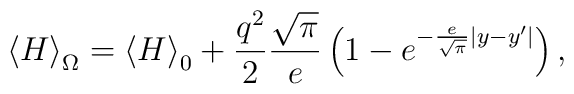
\left\langle H \right\rangle _\Omega   = \left\langle H\right\rangle _0  + \frac{{q^2 }}{2}\frac{{\sqrt \pi  }}{e}\left({1 - e^{ - \frac{e}{{\sqrt \pi  }}|y - y^\prime  |} } \right) ,